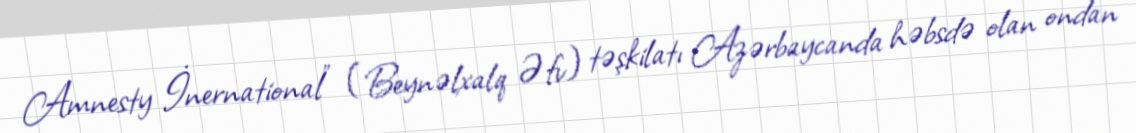
Amnesty İnernational" (Beynəlxalq Əfv) təşkilatı Azərbaycanda həbsdə olan ondan